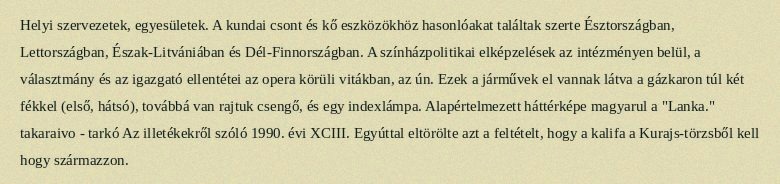
Helyi szervezetek, egyesületek. A kundai csont és kő eszközökhöz hasonlóakat találtak szerte Észtországban, Lettországban, Észak-Litvániában és Dél-Finnországban. A színházpolitikai elképzelések az intézményen belül, a választmány és az igazgató ellentétei az opera körüli vitákban, az ún. Ezek a járművek el vannak látva a gázkaron túl két fékkel (első, hátsó), továbbá van rajtuk csengő, és egy indexlámpa. Alapértelmezett háttérképe magyarul a "Lanka." takaraivo - tarkó Az illetékekről szóló 1990. évi XCIII. Egyúttal eltörölte azt a feltételt, hogy a kalifa a Kurajs-törzsből kell hogy származzon.